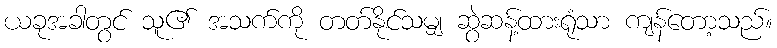
ယခုအခါတွင် သူ၏ အသက်ကို တတ်နိုင်သမျှ ဆွဲဆန့်ထားရုံသာ ကျန်တော့သည်။